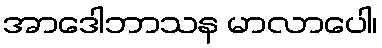
အာဒေါဘာသန မာလာပေါ၊